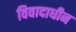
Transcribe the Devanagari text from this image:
विवादाधीन